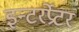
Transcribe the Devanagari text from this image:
इन्टरर्प्रेटर